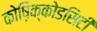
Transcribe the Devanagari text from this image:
कोष़िक्कोडसिटी